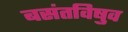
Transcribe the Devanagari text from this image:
बसंतविषुव